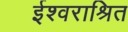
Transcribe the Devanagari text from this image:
ईश्वराश्रित